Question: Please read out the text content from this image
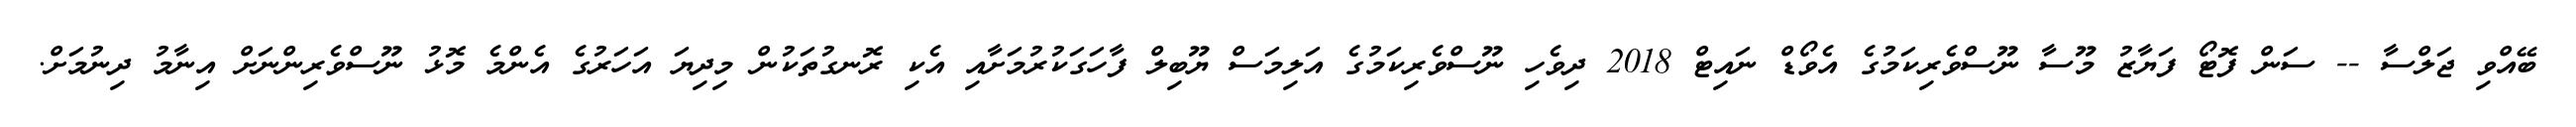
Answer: ބޭއްވި ޖަލްސާ -- ސަން ފޮޓޯ ފަޔާޒު މޫސާ ނޫސްވެރިކަމުގެ އެވޯޑް ނައިޓް 2018 ދިވެހި ނޫސްވެރިކަމުގެ އަލިމަސް ޔޫބިލް ފާހަގަކުރުމަށާއި އެކި ރޮނގުތަކުން މިދިޔަ އަހަރުގެ އެންމެ މޮޅު ނޫސްވެރިންނަށް އިނާމު ދިނުމަށް.